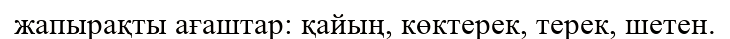
жапырақты ағаштар: қайың, көктерек, терек, шетен.